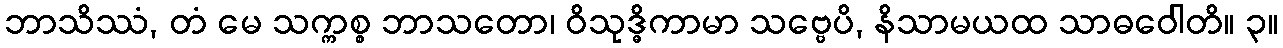
ဘာသိဿံ, တံ မေ သက္ကစ္စ ဘာသတော၊ ဝိသုဒ္ဓိကာမာ သဗ္ဗေပိ, နိသာမယထ သာဓဝေါတိ။ ၃။